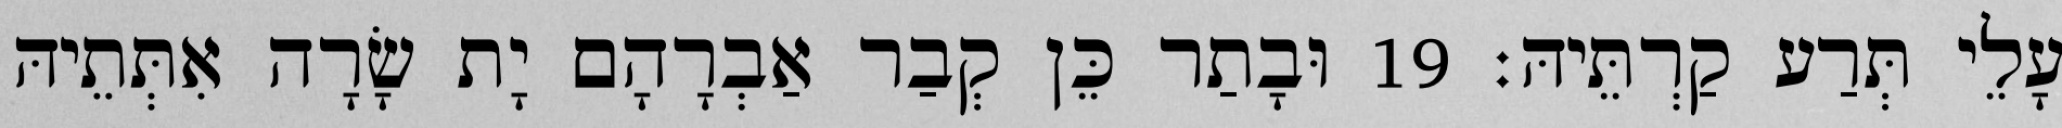
עָלֵי תְּרַע קַרְתֵּיהּ׃ 19 וּבָתַר כֵּן קְבַר אַבְרָהָם יָת שָׂרָה אִתְּתֵיהּ